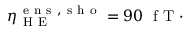
\eta _ { \mathrm { ~ H ~ E ~ } } ^ { \mathrm { ~ e ~ n ~ s ~ , ~ s ~ h ~ o ~ } } = 9 0 \; \mathrm { ~ f ~ T ~ } \cdot